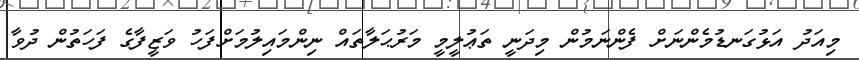
މިއަދު އަޅުގަނޑުމެންނަށް ފެންނަމުން މިދަނީ ތަޢުލީމީ މަރުޙަލާތައް ނިންމައިލުމަށްފަހު ވަޒީފާގެ ފަހަތުން ދުވާ